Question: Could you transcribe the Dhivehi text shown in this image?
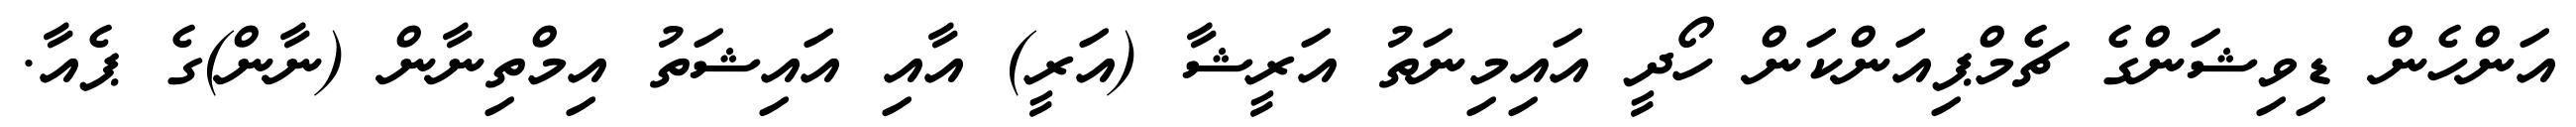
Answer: އަންހެން ޑިވިޝަންގެ ޗެމްޕިއަންކަން ހޯދީ އައިމިނަތު އަރީޝާ (އަރީ) އާއި އައިޝަތު އިމްތިނާން (ނާން)ގެ ޕެއާ.